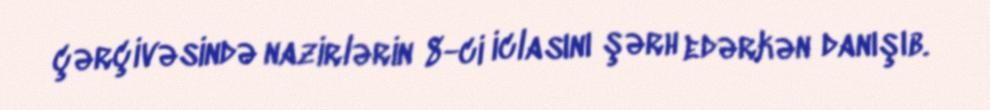
çərçivəsində nazirlərin 8-ci iclasını şərh edərkən danışıb.